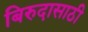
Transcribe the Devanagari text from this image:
बिरुदासाठी